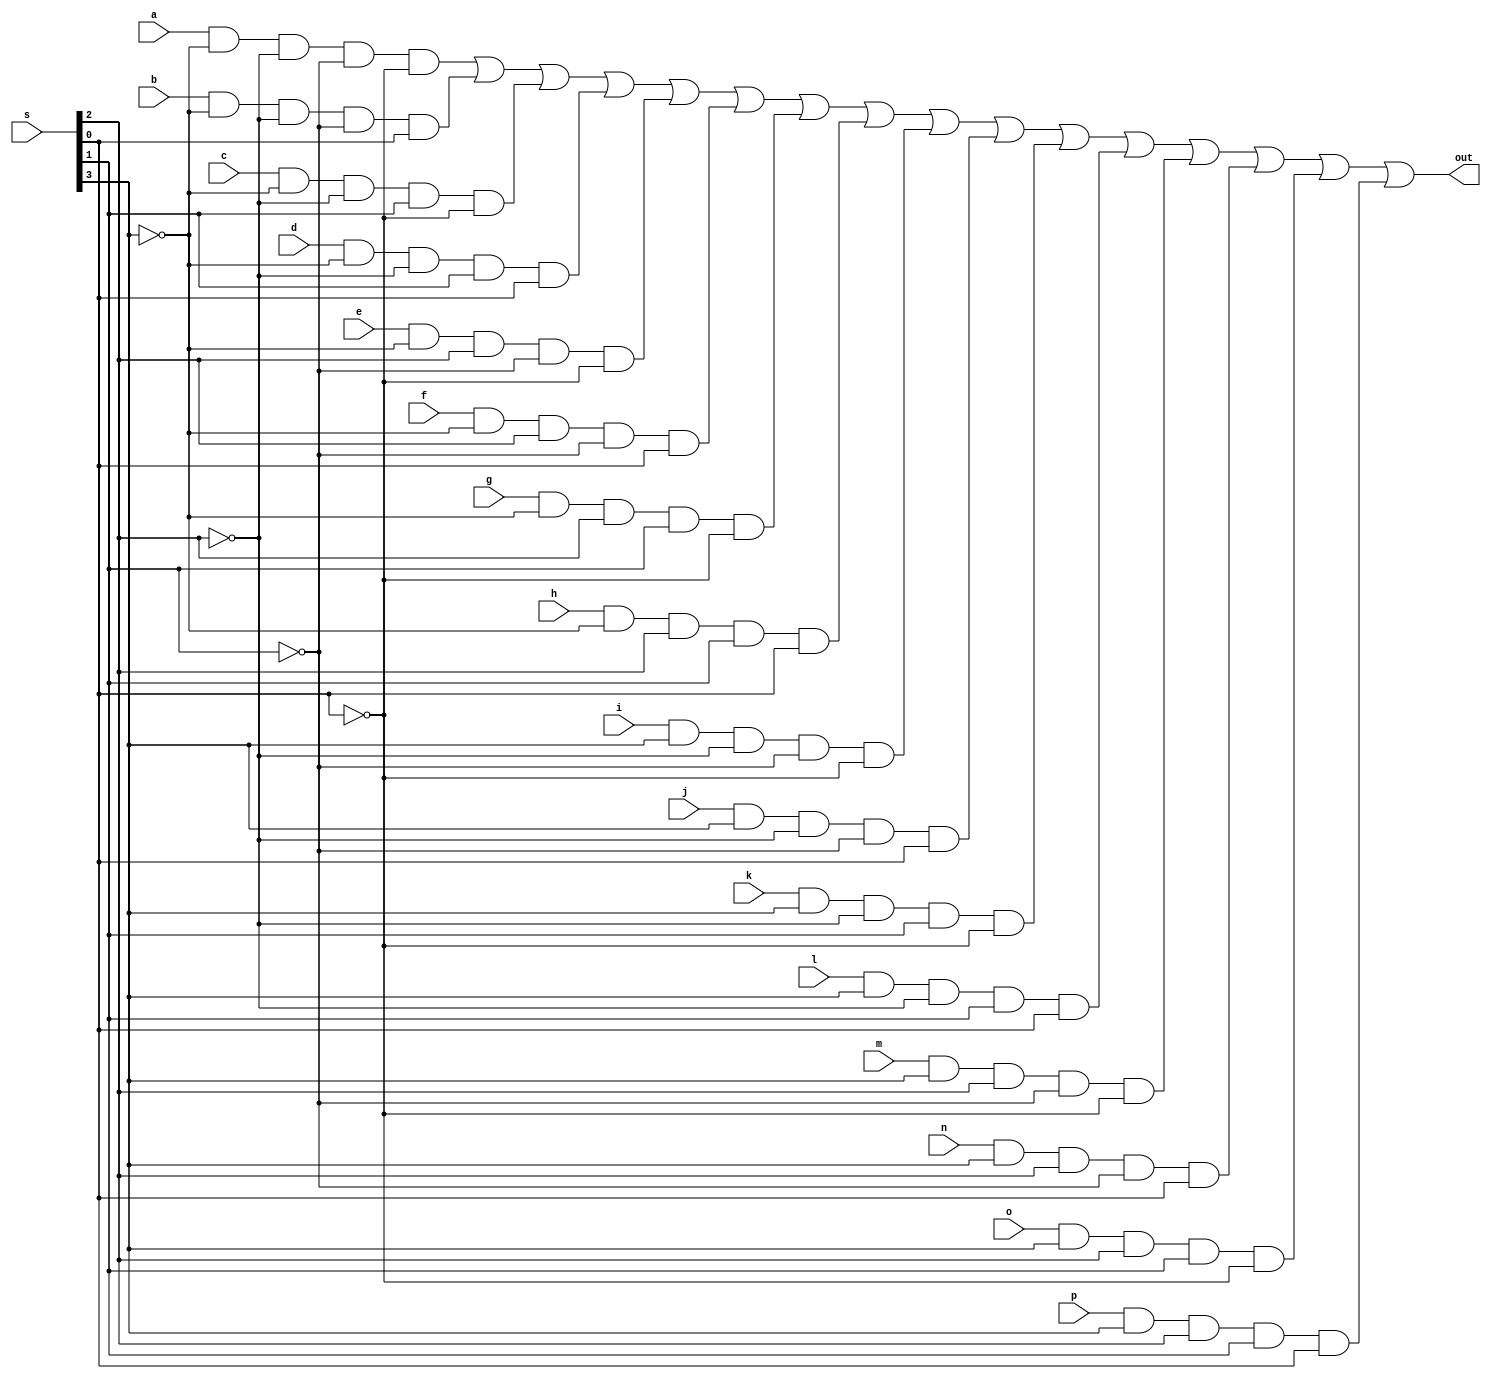
module mux_16(input a,b,c,d,e,f,g,h,i,j,k,l,m,n,o,p,input [0:3]s,output out);
wire t1,t2,t3,t4;
wire s1,s2,s3,s4;
wire r1,r2,r3,r4;
wire u1,u2,u3,u4;
assign t1=a&~s[0]&~s[1]&~s[2]&~s[3];
assign t2=b&~s[0]&~s[1]&~s[2]&s[3];
assign t3=c&~s[0]&~s[1]&s[2]&~s[3];
assign t4=d&~s[0]&~s[1]&s[2]&s[3];
assign s1=e&~s[0]&s[1]&~s[2]&~s[3];
assign s2=f&~s[0]&s[1]&~s[2]&s[3];
assign s3=g&~s[0]&s[1]&s[2]&~s[3];
assign s4=h&~s[0]&s[1]&s[2]&s[3];
assign r1=i&s[0]&~s[1]&~s[2]&~s[3];
assign r2=j&s[0]&~s[1]&~s[2]&s[3];
assign r3=k&s[0]&~s[1]&s[2]&~s[3];
assign r4=l&s[0]&~s[1]&s[2]&s[3];
assign u1=m&s[0]&s[1]&~s[2]&~s[3];
assign u2=n&s[0]&s[1]&~s[2]&s[3];
assign u3=o&s[0]&s[1]&s[2]&~s[3];
assign u4=p&s[0]&s[1]&s[2]&s[3];
assign out=t1|t2|t3|t4|s1|s2|s3|s4|r1|r2|r3|r4|u1|u2|u3|u4;
endmodule